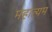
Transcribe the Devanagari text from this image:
महात्यम